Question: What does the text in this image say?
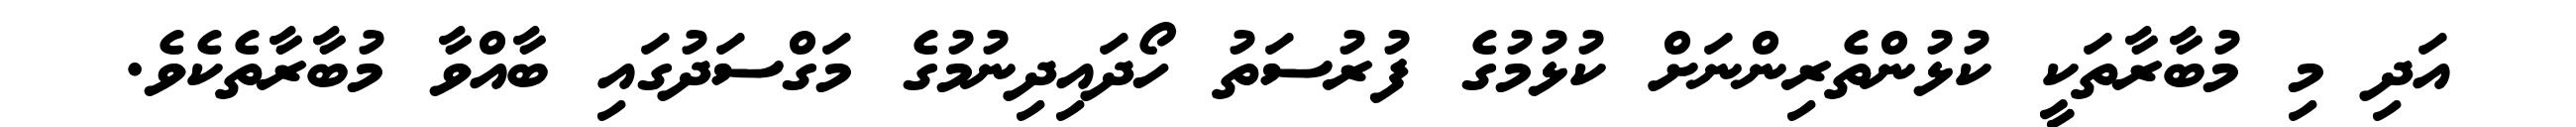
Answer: އަދި މި މުބާރާތަކީ ކުޅުންތެރިންނަށް ކުޅުމުގެ ފުރުސަތު ހޯދައިދިނުމުގެ މަގްސަދުގައި ބާއްވާ މުބާރާތެކެވެ.